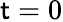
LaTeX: \mathsf{t}=0